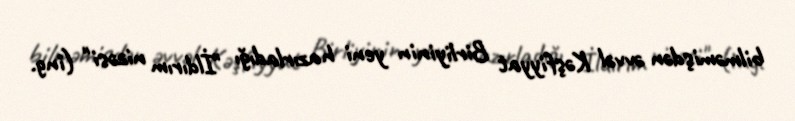
bilməmişdən əvvəl Kəşfiyyat Birliyinin yeni hazırladığı "İldırım nizəsi" (ing.